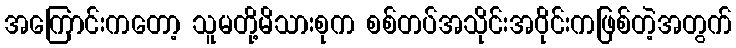
အကြောင်းကတော့ သူမတို့မိသားစုက စစ်တပ်အသိုင်းအဝိုင်းကဖြစ်တဲ့အတွက်